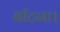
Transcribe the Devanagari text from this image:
बाँटना।